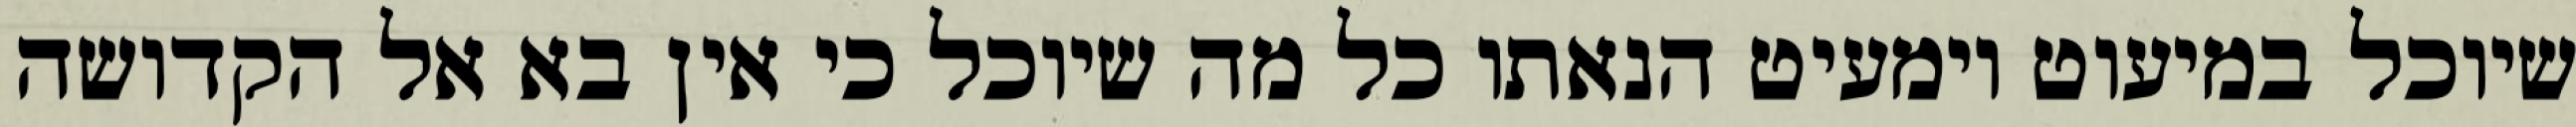
שיוכל במיעוט וימעיט הנאתו כל מה שיוכל כי אין בא אל הקדושה